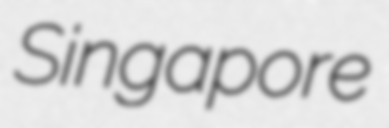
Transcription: Singapore